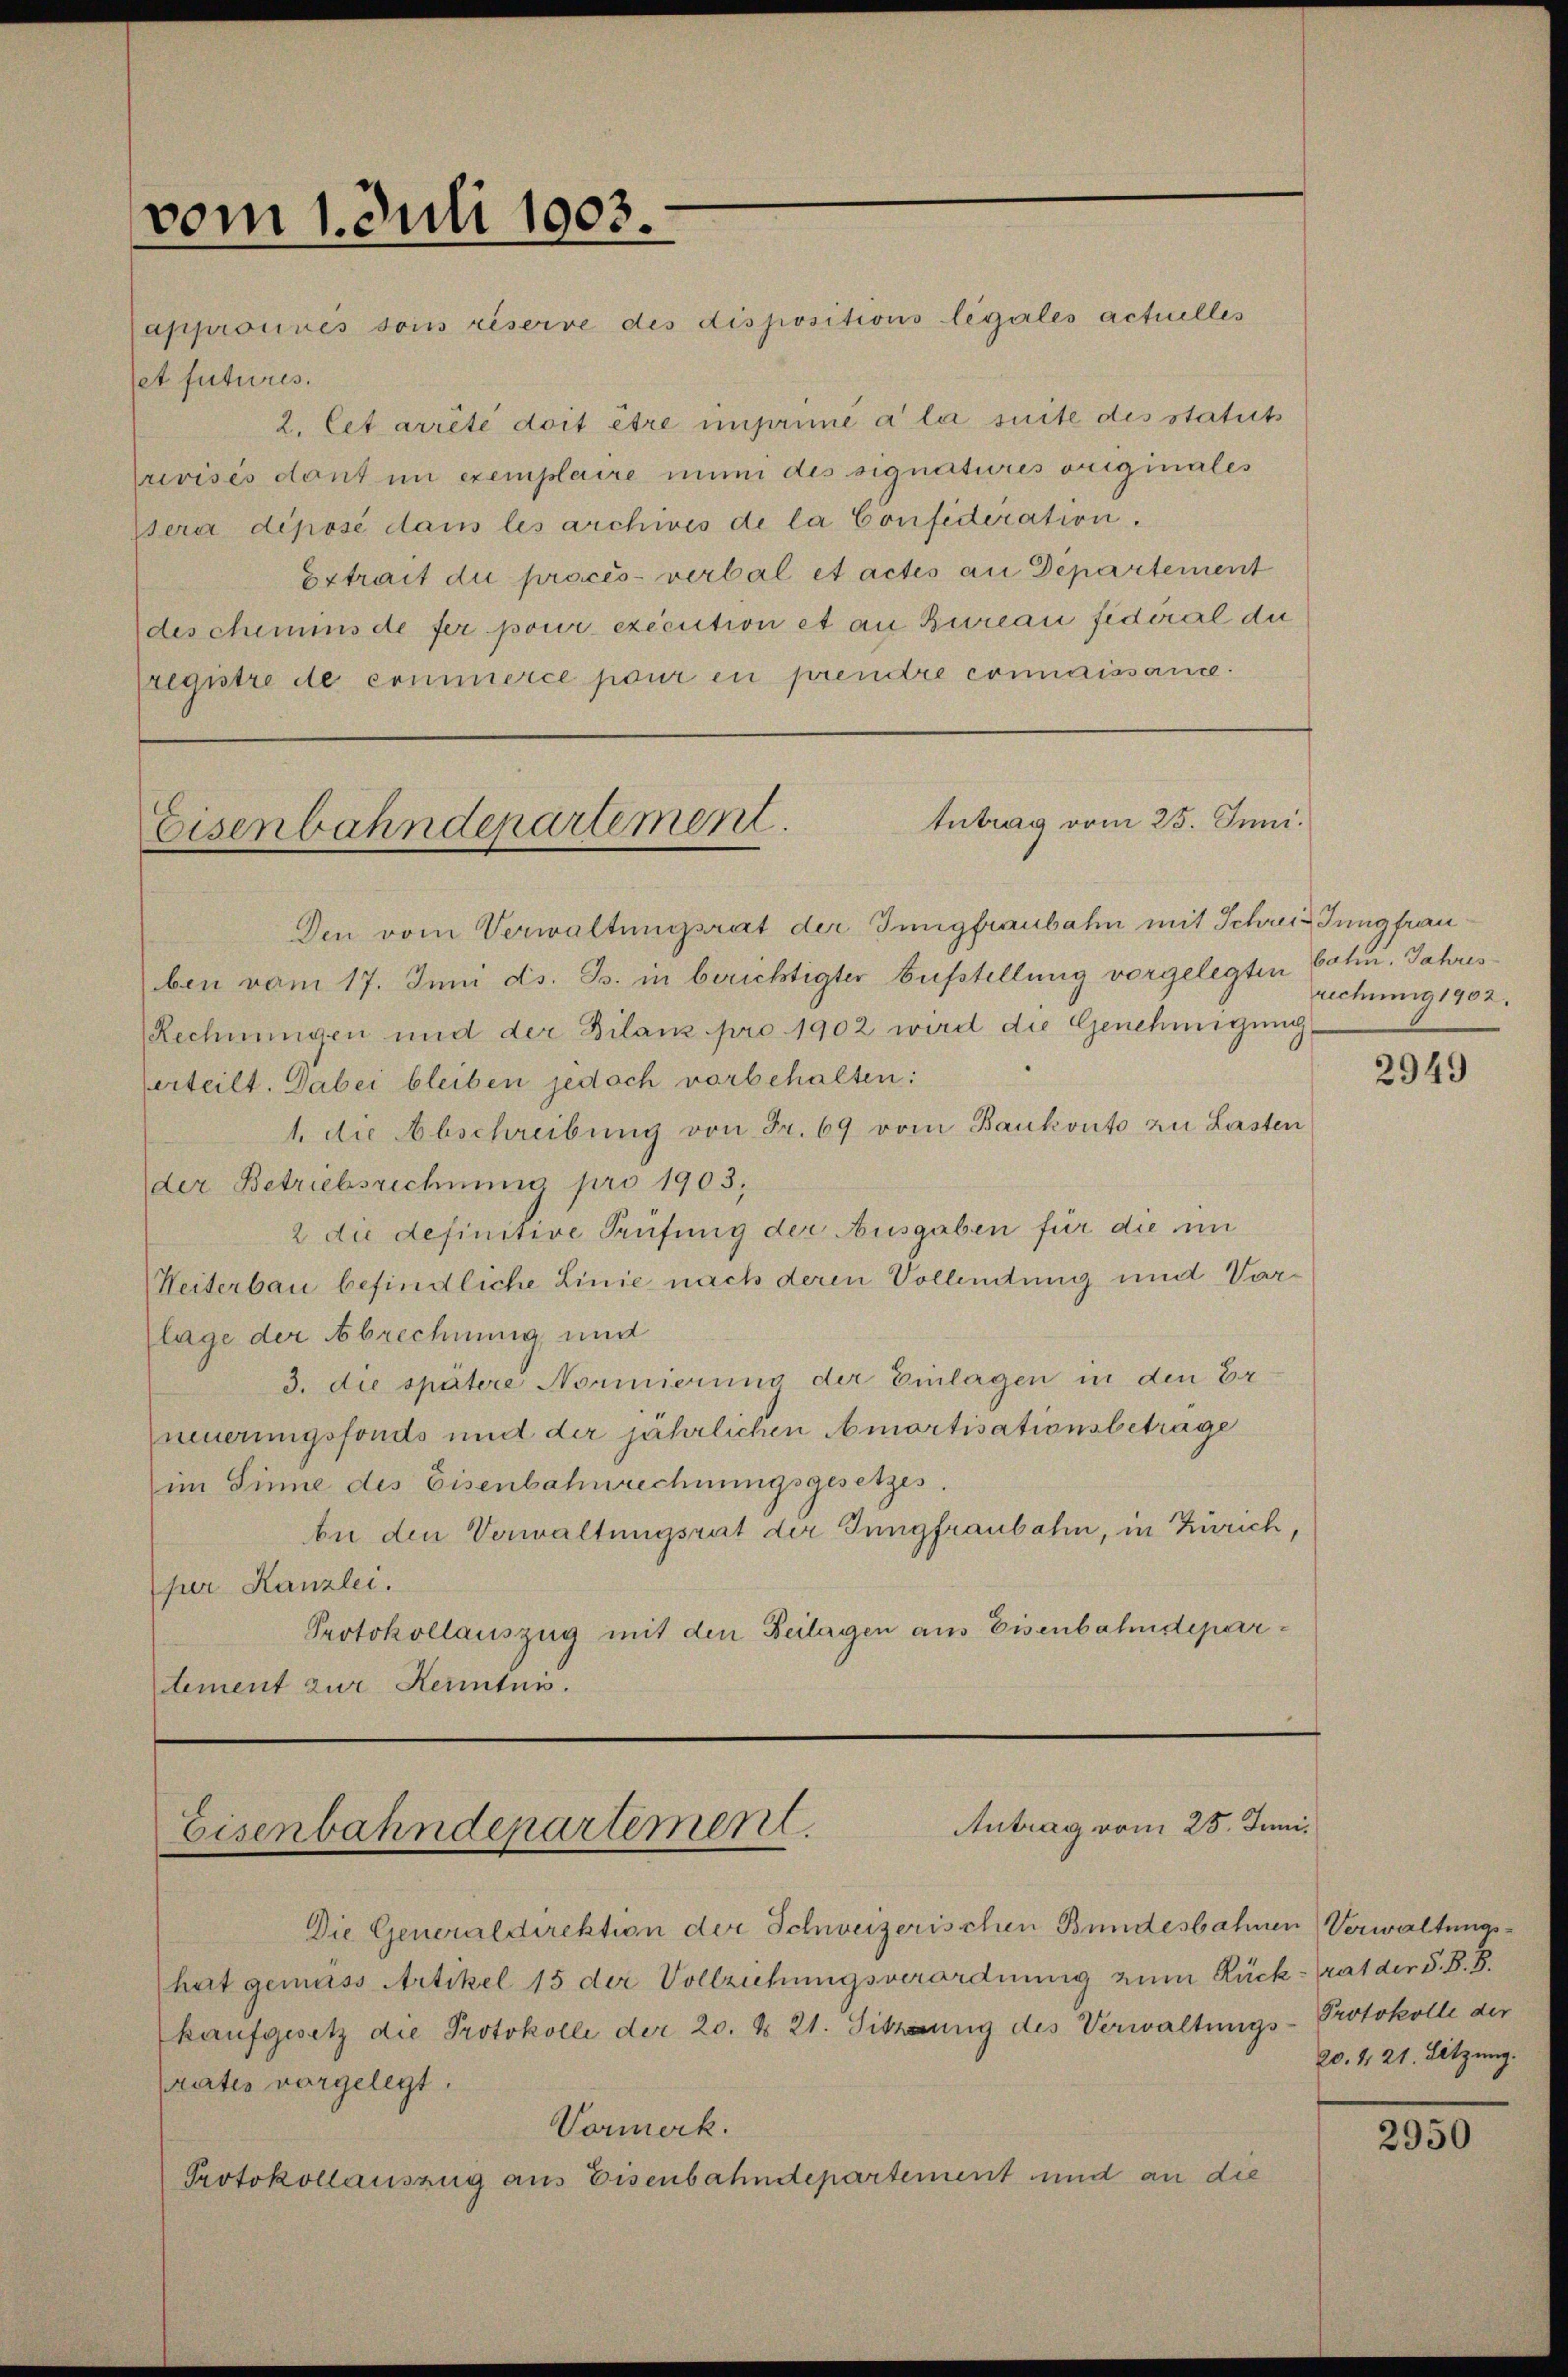
vom 1. Juli 1903.

approuvés soins riserre des dispositions legales actuelles
set futuris
2. Cet arrêté doit être imprime a la suite des statuts
Crivisés dont in exemplaire nun des signatures originales
psera déposé dans les archives de la Confideration.
Extrait du procès-verbal et actes an Departement
des chemmnis de fer pour execution et an Bureau fidéral du
Eregistre de commerce pour en prendre connaissance.

Antrag vom 25. Juni.
Eisenbahndepartement.

Den vom Verwaltungsrat der Innigfraubahn mit Schreie Jungfrauben vom 17. Juni ds. Gs. in berichtigter Aufstellung vorgelegten bahn. Jahres
Rechnungen und der Bilanz pro 1902 wird die Genehmigung
erteilt. Dabei bleiben jedoch vorbehalten:
1. die Abschreibung von Fr. 69 vom Baukonto zu Lasten
der Betriebsrechnung pro 1903,
2 die definitive Prüfung der Ausgaben für die im
Heiterbau befindliche Linie nach deren Vollendung und Varlage der Abrechnung und
3. die spätere Normierung der Einlagen in den Erneuerungsfonds und der jährlichen Amortisationsbetrage
(im Sinne des Eisenbahnrechnungsgesetzes.
An den Verwaltungsrat der Jungfraubahn, in Zürich,
per Kanzlei.
Protokollauszug mit den Beilagen aus Eisenbahndepartement zur Kenntnis.

Antrag vom 25. Juni.
Eisenbahndepartement

Die Generaldirektion der Schweizerischen Bundesbahnen Verwaltungshat gemäss Artikel 15 der Vollziehungsverordnung zum Rück-rat der S. B. B.
kaŭfgesetz die Protokolle der 20. & 21. Sitzung des Verwaltungs-Protokolle der
rates vorgelegt.
Vormerk.
Protokollauszug aus Eisenbahndepartement und an die

rechnung 1902.

2949

20.4. 21. Sitzung.

2950